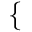
\begin{array} { r } { \mathopen { } \mathclose \bgroup \left\{ \begin{array} { r l r l } \end{array} \aftergroup \egroup \right. } \end{array}